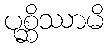
ပုစ္ဆိဿာမိ